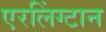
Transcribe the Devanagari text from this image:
एरलिंग्टान